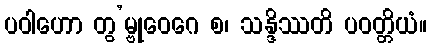
ပဝါဟော တွ’မ္ဗုဝေဂေ စ၊ သန္ဒိဿတိ ပဝတ္တိယံ။